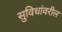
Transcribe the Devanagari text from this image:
सुविधांवरील